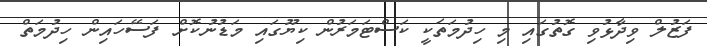
ފަޒުލް ވިދާޅުވި ގޮތުގައި މި ހިދުމަތަކީ ކަސްޓަމަރުން ކިޔޫގައި މަޑުނުކޮށް ފަސޭހައިން ހިދުމަތް